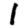
Digit: 1